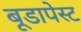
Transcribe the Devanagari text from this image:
बूडापेस्ट